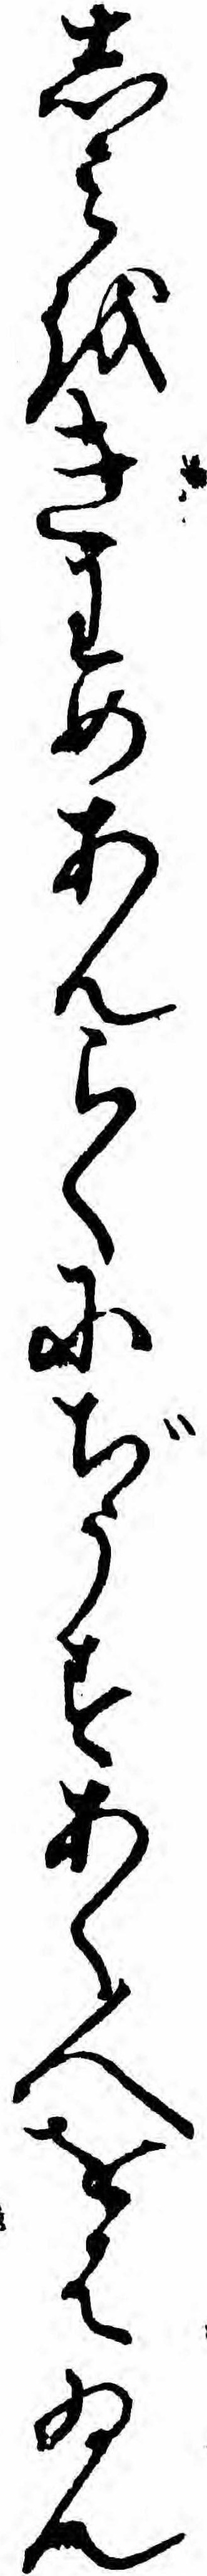
しミをきわめあんらくにぢうすあく人をはゐん